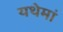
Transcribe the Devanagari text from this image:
यथेमां